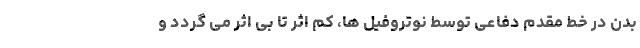
بدن در خط مقدم دفاعی توسط نوتروفیل ها، کم اثر تا بی اثر می گردد و